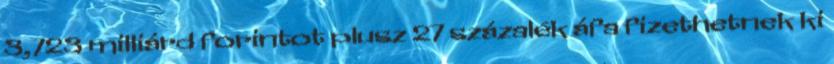
3,723 milliárd forintot plusz 27 százalék áfa fizethetnek ki